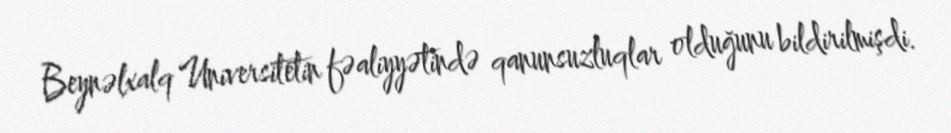
Beynəlxalq Universitetin fəaliyyətində qanunsuzluqlar olduğunu bildirilmişdi.